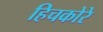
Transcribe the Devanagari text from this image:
हिचकोरे